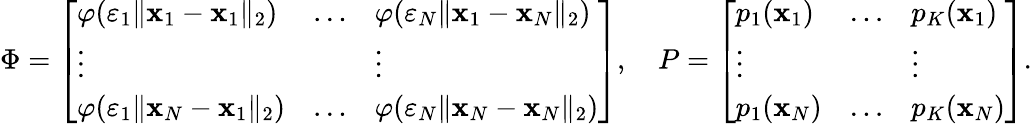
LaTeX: \Phi=\left[\begin{array}{lll}{\varphi(\varepsilon_{1}\| \mathbf{x}_{1}-\mathbf{x}_{1}\| _{2})}&{\dots}&{\varphi(\varepsilon_{N}\| \mathbf{x}_{1}-\mathbf{x}_{N}\| _{2})}\\ {\vdots}&&{\vdots}\\ {\varphi(\varepsilon_{1}\| \mathbf{x}_{N}-\mathbf{x}_{1}\| _{2})}&{\dots}&{\varphi(\varepsilon_{N}\| \mathbf{x}_{N}-\mathbf{x}_{N}\| _{2})}\end{array}\right],\quad P=\left[\begin{array}{lll}{p_{1}(\mathbf{x}_{1})}&{\dots}&{p_{K}(\mathbf{x}_{1})}\\ {\vdots}&&{\vdots}\\ {p_{1}(\mathbf{x}_{N})}&{\dots}&{p_{K}(\mathbf{x}_{N})}\end{array}\right].